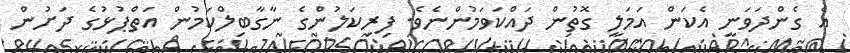
އެ ގެންދަވަނީ އެކަން އަމަލީ ގޮތުން ދައްކަވަމުންނެވެ. ފިރިކަލުންގެ ނާގާބިލްކަމުން އަތްޕުޅުގެ ދަށުން